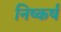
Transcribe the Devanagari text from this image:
निष्कर्षं